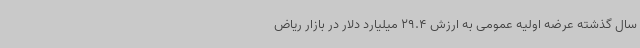
سال گذشته عرضه اولیه عمومی به ارزش 29.4 میلیارد دلار در بازار ریاض